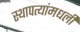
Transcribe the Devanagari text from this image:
स्थापत्यांमधली